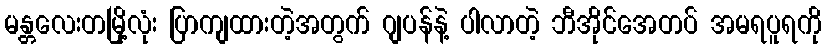
မန္တလေးတမြို့လုံး ပြာကျထားတဲ့အတွက် ဂျပန်နဲ့ ပါလာတဲ့ ဘီအိုင်အေတပ် အမရပူရကို